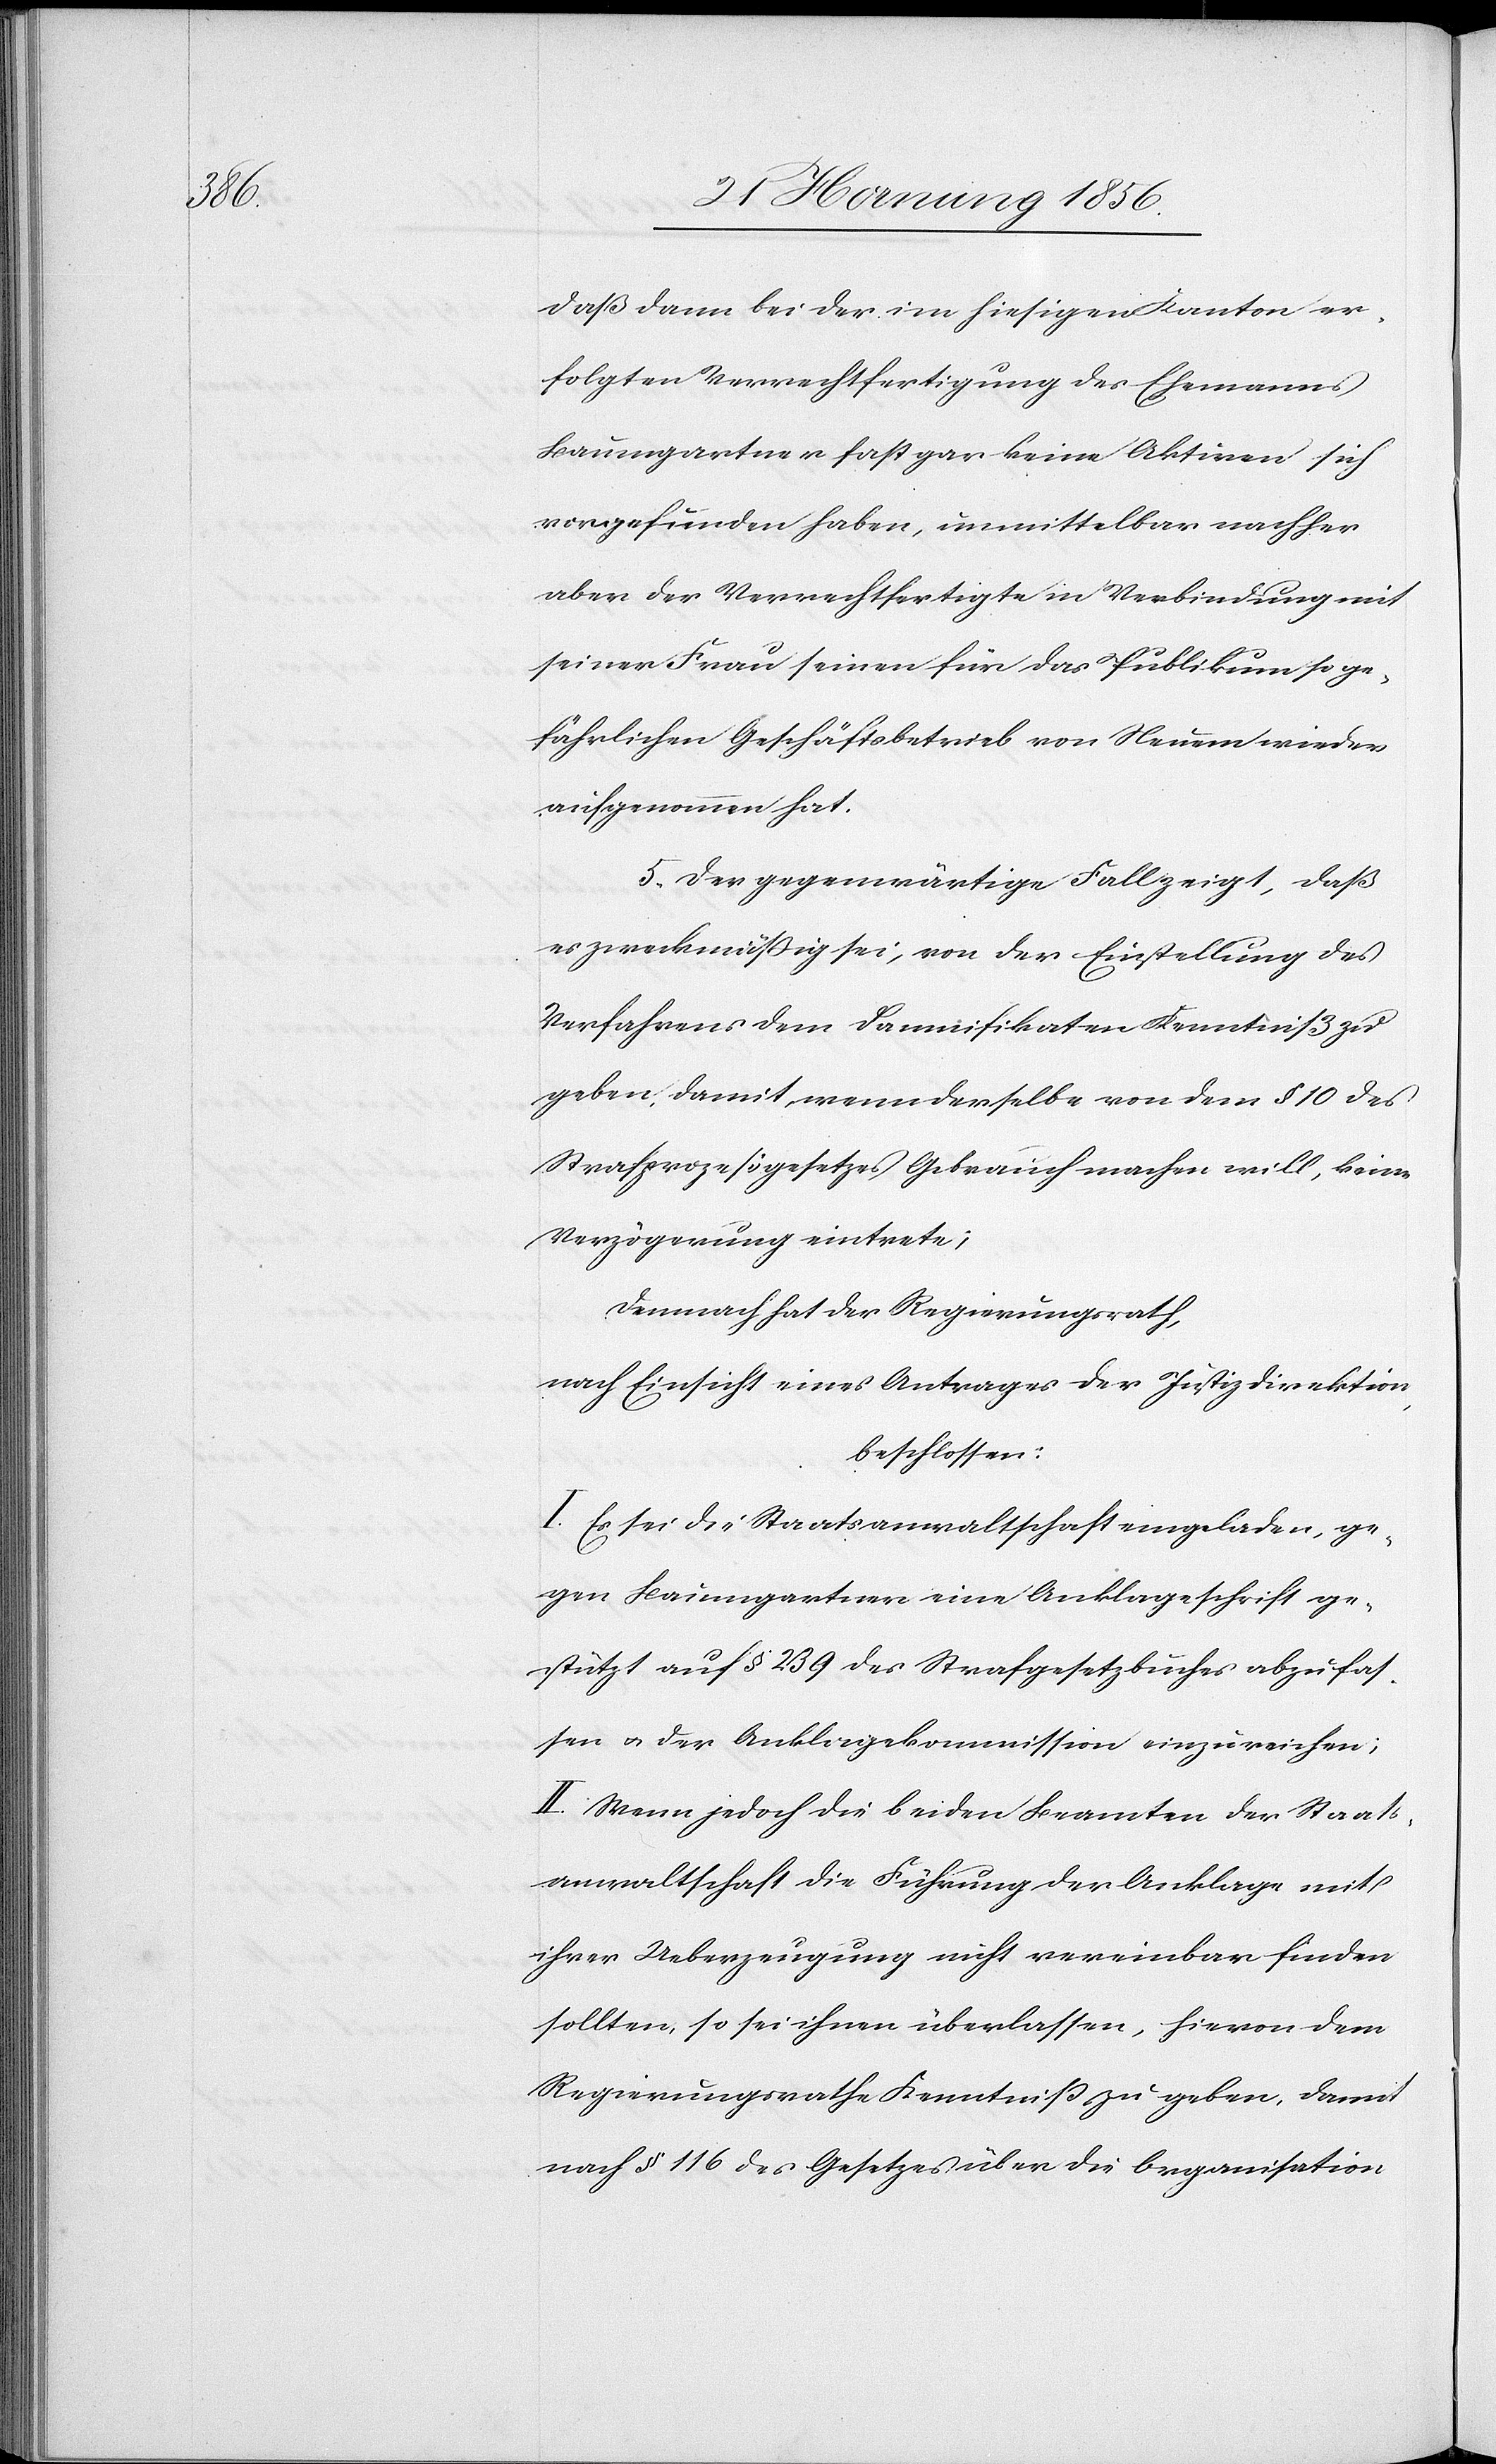
daß dann bei der im hiesigen Kanton er¬
folgten Verrechtfertigung des Ehemanns
Baumgartner fast gar keine Aktiven sich
vorgefunden haben, unmittelbar nachher
aber der Verrechtfertigte in Verbindung mit
seiner Frau seinen für das Publikum so ge¬
fährlichen Geschäftsbetrieb von Neuem wieder
aufgenommen hat.
5. Der gegenwärtige Fall zeigt, daß
es zweckmäßig sei, von der Einstellung des
Verfahrens dem Damnifikaten Kenntniß zu
geben, damit wenn derselbe von dem § 10 des
Strafprozeßgesetzes Gebrauch machen will, keine
Verzögerung eintrete;
Demnach hat der Regierungsrath,
nach Einsicht eines Antrages der Justizdirektion,
beschlossen:
I. Es sei die Staatsanwaltschaft eingeladen, ge¬
gen Baumgartner eine Anklageschrift ge¬
stützt auf § 239 des Strafgesetzbuches abzufas¬
sen u. der Anklagekommission einzureichen;
II. Wenn jedoch die beiden Beamten der Staats¬
anwaltschaft die Führung der Anklage mit
ihrer Ueberzeugung nicht vereinbar finden
sollten, so sei ihnen überlassen, hievon dem
Regierungsrathe Kenntniß zu geben, damit
nach § 116 des Gesetzes über die Organisation